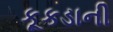
કૂકડાની